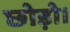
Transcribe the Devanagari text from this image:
छोड़ो।